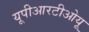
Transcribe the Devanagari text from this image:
यूपीआरटीओयू